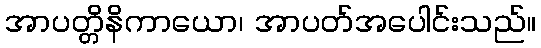
အာပတ္တိနိကာယော၊ အာပတ်အပေါင်းသည်။